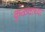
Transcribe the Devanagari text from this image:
कुळवाच्या